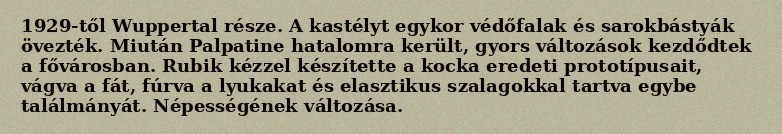
1929-től Wuppertal része. A kastélyt egykor védőfalak és sarokbástyák övezték. Miután Palpatine hatalomra került, gyors változások kezdődtek a fővárosban. Rubik kézzel készítette a kocka eredeti prototípusait, vágva a fát, fúrva a lyukakat és elasztikus szalagokkal tartva egybe találmányát. Népességének változása.